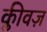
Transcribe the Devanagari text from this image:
क्लीवज़